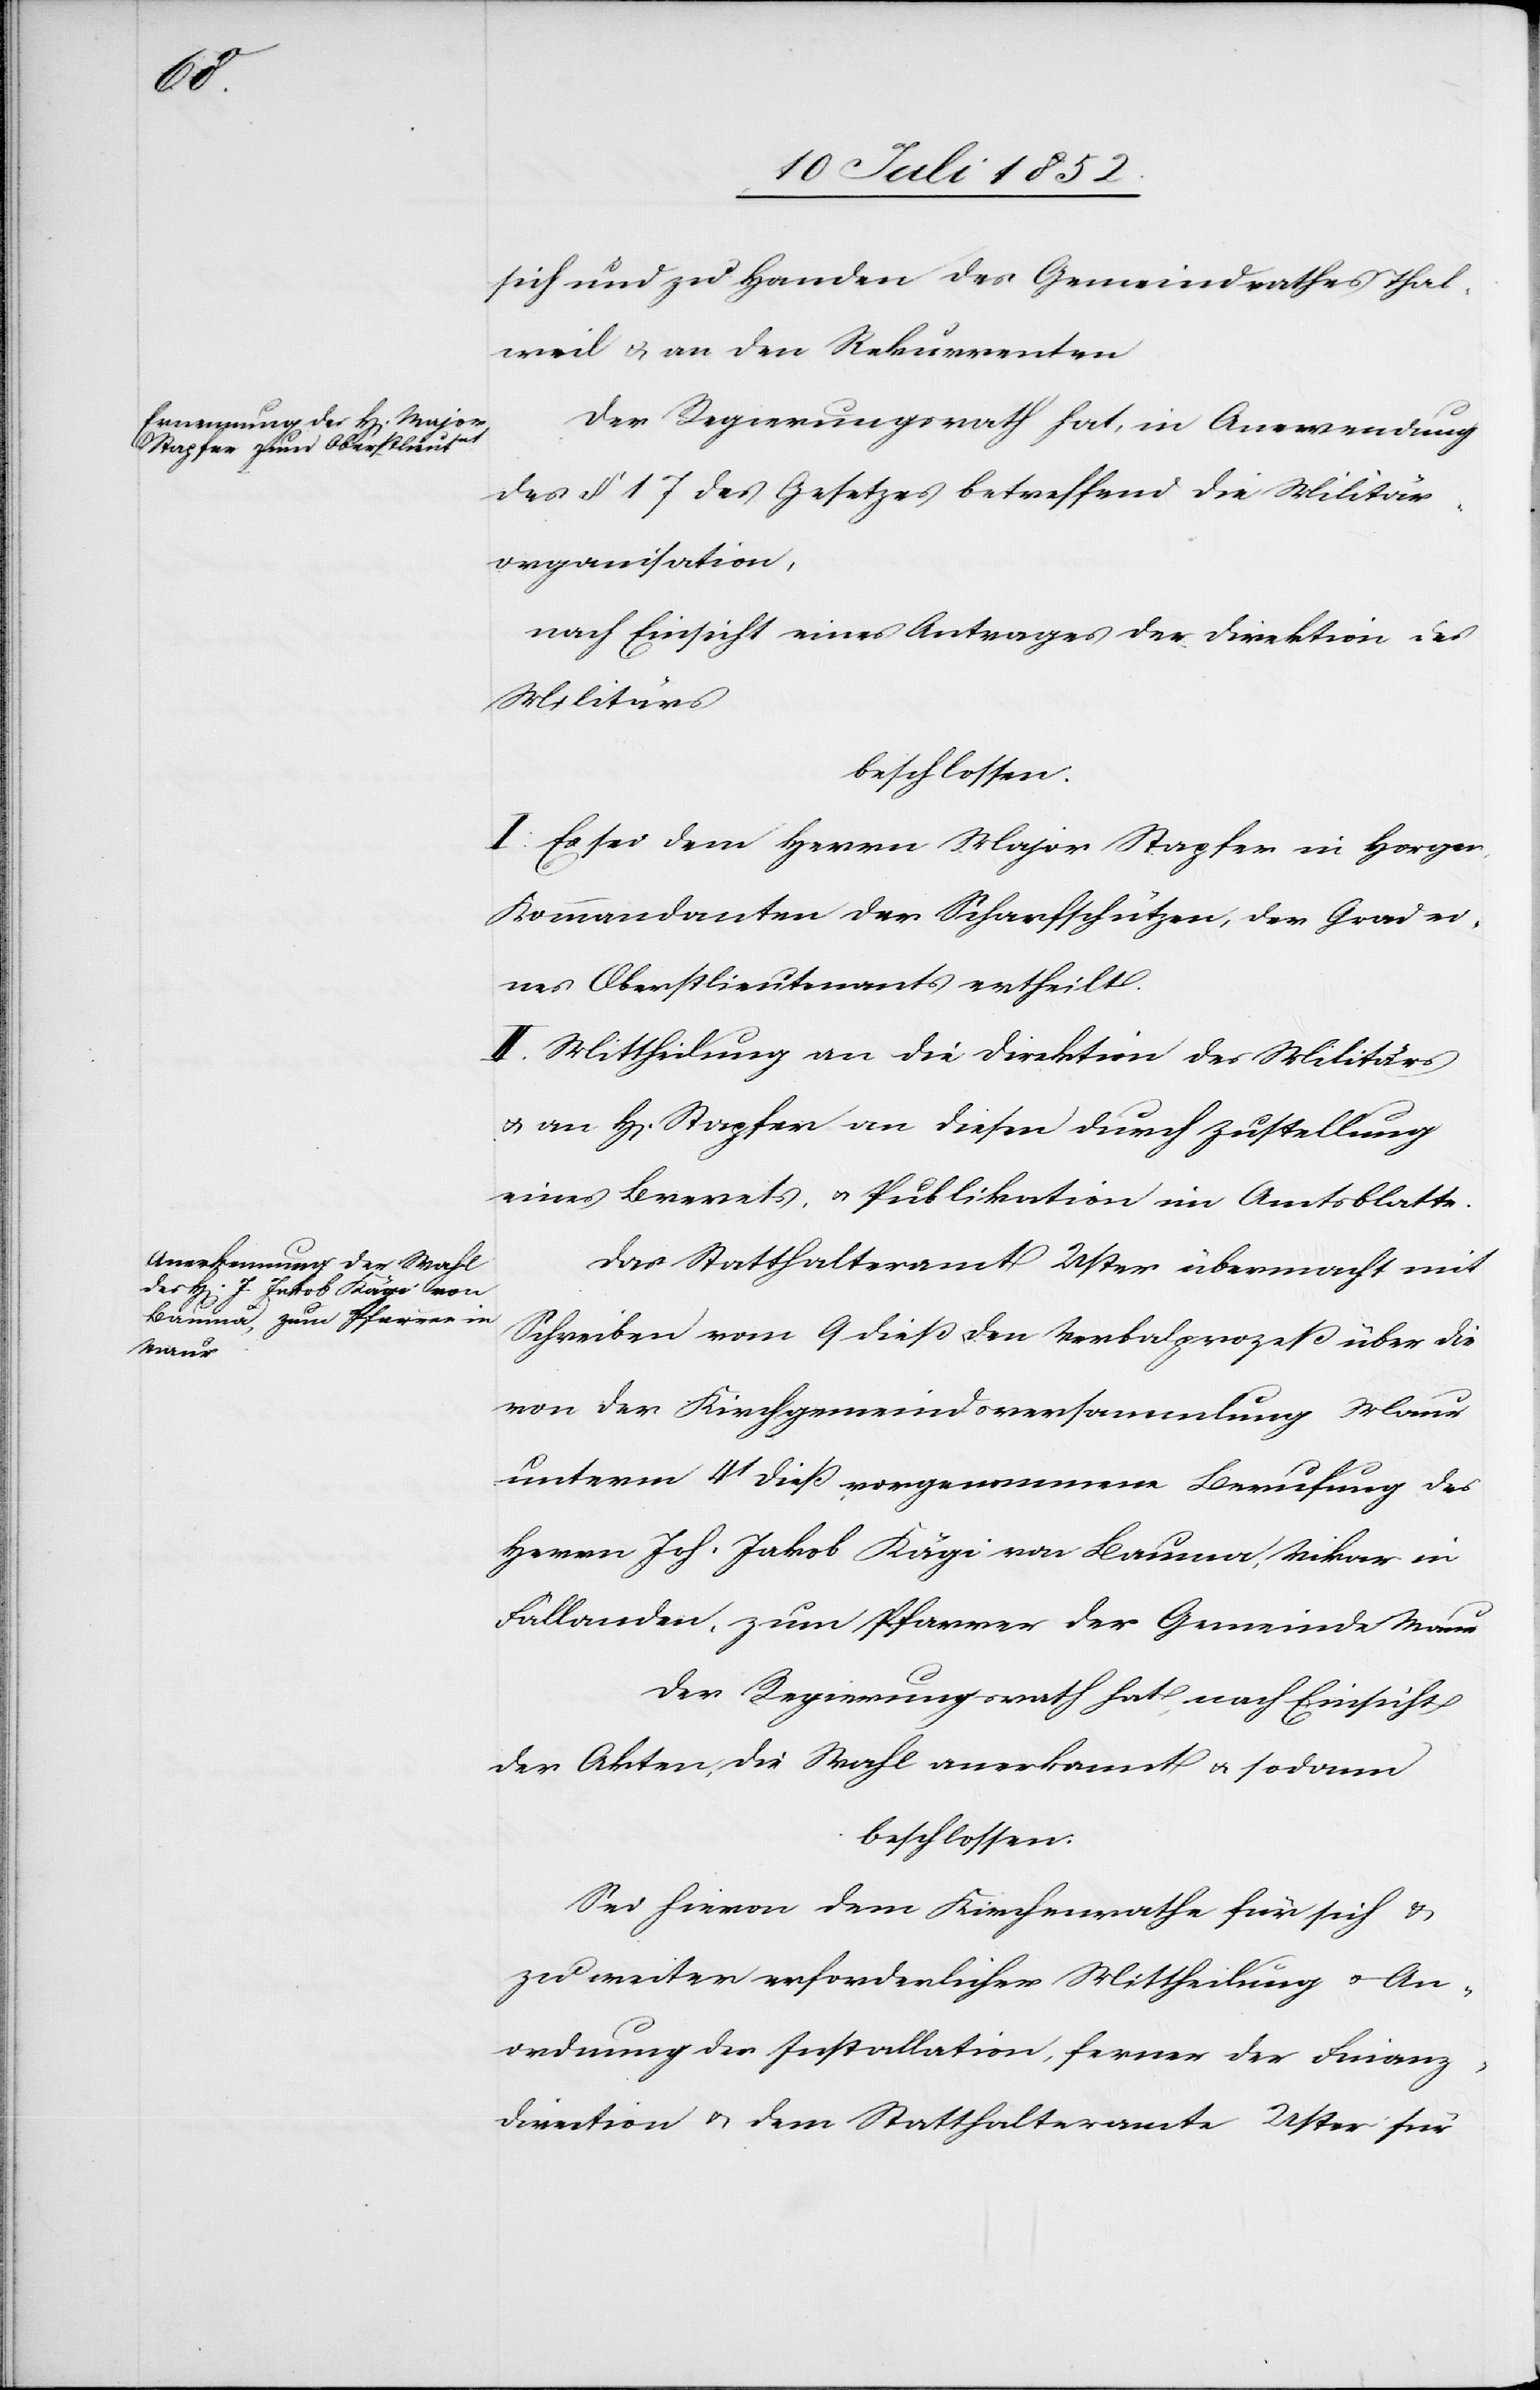
sich und zu Handen des Gemeindrathes Thal¬
weil & an den Rekurrenten[.]
Der Regierungsrath hat, in Anwendung
des § 17 des Gesetzes betreffend die Militär¬
organisation,
nach Einsicht eines Antrages der Direktion des
Militärs
beschlossen:
I. Es sei dem Herrn Major Stapfer in Horgen,
Kommandanten der Scharfschützen, der Grad ei¬
nes Oberstlieutenants ertheilt.
II. Mittheilung an die Direktion des Militärs
& an H[errn] Stapfer an diesen durch Zustellung
eines Brevets, & Publikation im Amtsblatte.
Das Statthalteramt Uster übermacht mit
Schreiben vom 9 dieß den Verbalprozeß über die
von der Kirchgemeindsversammlung Maur
unterm 4t dieß vorgenommene Berufung des
Herrn Joh: Jakob Kägi von Bauma, Vikar in
Fällanden, zum Pfarrer der Gemeinde Maur
Der Regierungsrath hat, nach Einsicht
der Akten, die Wahl anerkannt & sodann
beschlossen:
Sei hievon dem Kirchenrathe für sich &
zu weiter erforderlicher Mittheilung & An¬
ordnung der Installation, ferner der Finanz¬
direction & dem Statthalteramte Uster für